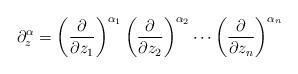
LaTeX: \begin{align*}\partial_z^\alpha=\left(\frac{\partial}{\partial z_1}\right)^{\alpha_1}\left(\frac{\partial}{\partial z_2}\right)^{\alpha_2}\cdots\left(\frac{\partial}{\partial z_n}\right)^{\alpha_n}\end{align*}